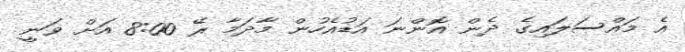
އެ މައްސަލައިގެ ދެން އޮންނަ އަޑުއެހުން މާދަމާ ރޭ 8:00 އަށް ވަނީ